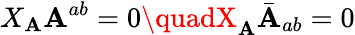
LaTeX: X_{\mathbf{A}}\mathbf{A}^{ab}=0\quadX_{\mathbf{A}}\bar{{\mathbf{A}}}_{ab}=0